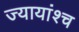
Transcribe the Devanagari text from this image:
ज्यायांश्च